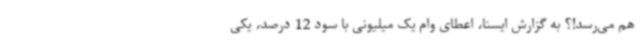
هم می‌رسد!؟ به گزارش ایسنا، اعطای وام یک میلیونی با سود 12 درصد، یکی